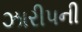
ઝારીપની